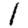
Digit: 1